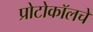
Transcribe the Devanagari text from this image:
प्रोटोकॉलचे